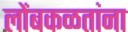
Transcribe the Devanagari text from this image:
लोंबकळतांना